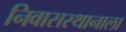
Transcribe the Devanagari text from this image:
निवासस्थानाला